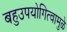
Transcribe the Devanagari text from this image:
बहुउपयोगित्वामुळे